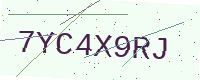
Text: 7YC4X9RJ